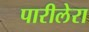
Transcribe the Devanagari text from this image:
पारीलेरा